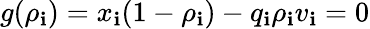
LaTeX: g(\rho_{\mathbf{i}})=x_{\mathbf{i}}(1-\rho_{\mathbf{i}})-q_{\mathbf{i}}\rho_{\mathbf{i}}v_{\mathbf{i}}=0